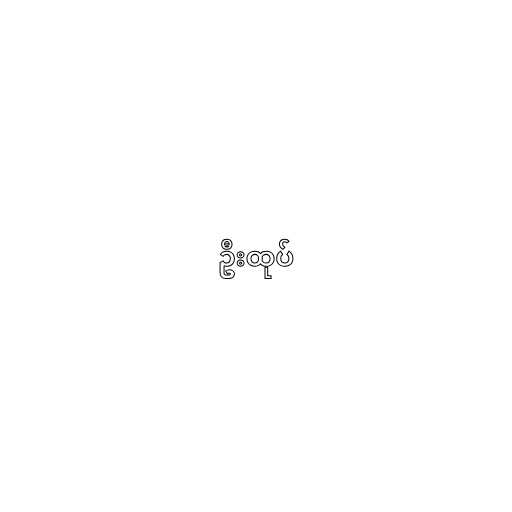
ဦးထုပ်